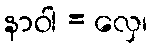
နာဝါ = လှေ၊